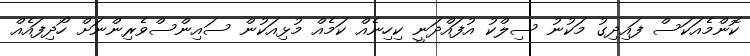
ކޮންމެއަކަސް ފައިދިގު މަކުނު ސިލްކު އުފައްދަނީ ކިހިނެއް ކަމެއް މުޅިއަކުން ސައިންސްވެރިންނަށް ހޯދިފައެއް